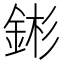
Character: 𬫕